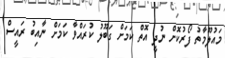
މައުލޫމާތު ފޯރުކޮށް ނުދީ އޮތް ކަމަށް ގަބޫލު ކުރައްވާ ކަމަށް ނާއިބު ރައީސް